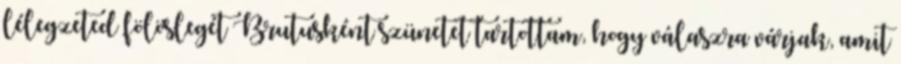
lélegzeted fölöslegét Brutusként szünetet tartottam, hogy válaszra várjak, amit